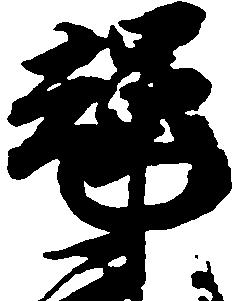
輝